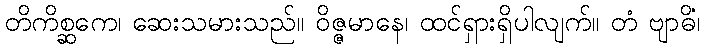
တိကိစ္ဆကေ၊ ဆေးသမားသည်။ ဝိဇ္ဇမာနေ၊ ထင်ရှားရှိပါလျက်။ တံ ဗျာဓိံ၊